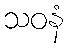
သဝနံ